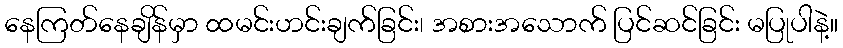
နေကြတ်နေချိန်မှာ ထမင်းဟင်းချက်ခြင်း၊ အစားအသောက် ပြင်ဆင်ခြင်း မပြုပါနဲ့။